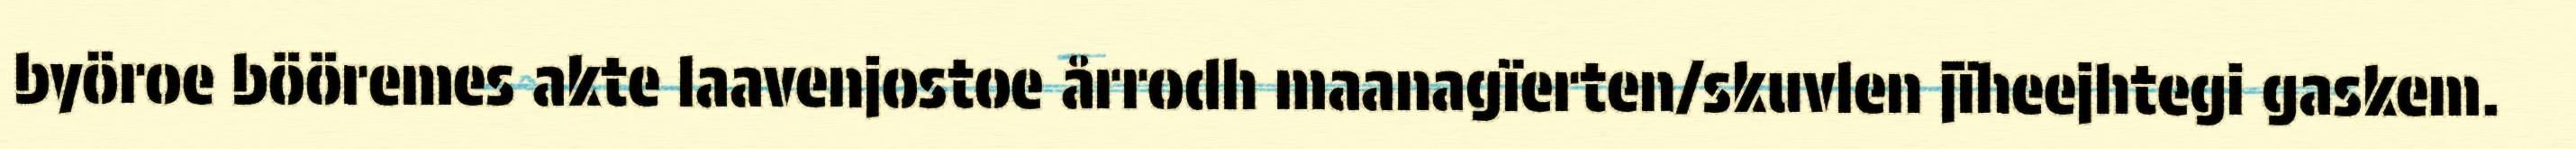
byöroe bööremes akte laavenjostoe årrodh maanagïerten/skuvlen jïheejhtegi gaskem.